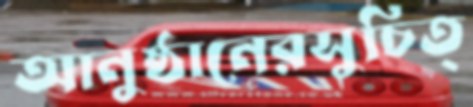
আনুষ্ঠানেরসুচিত্